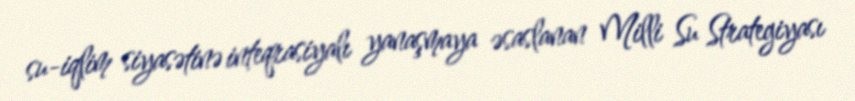
su-iqlim siyasətinə inteqrasiyalı yanaşmaya əsaslanan Milli Su Strategiyası